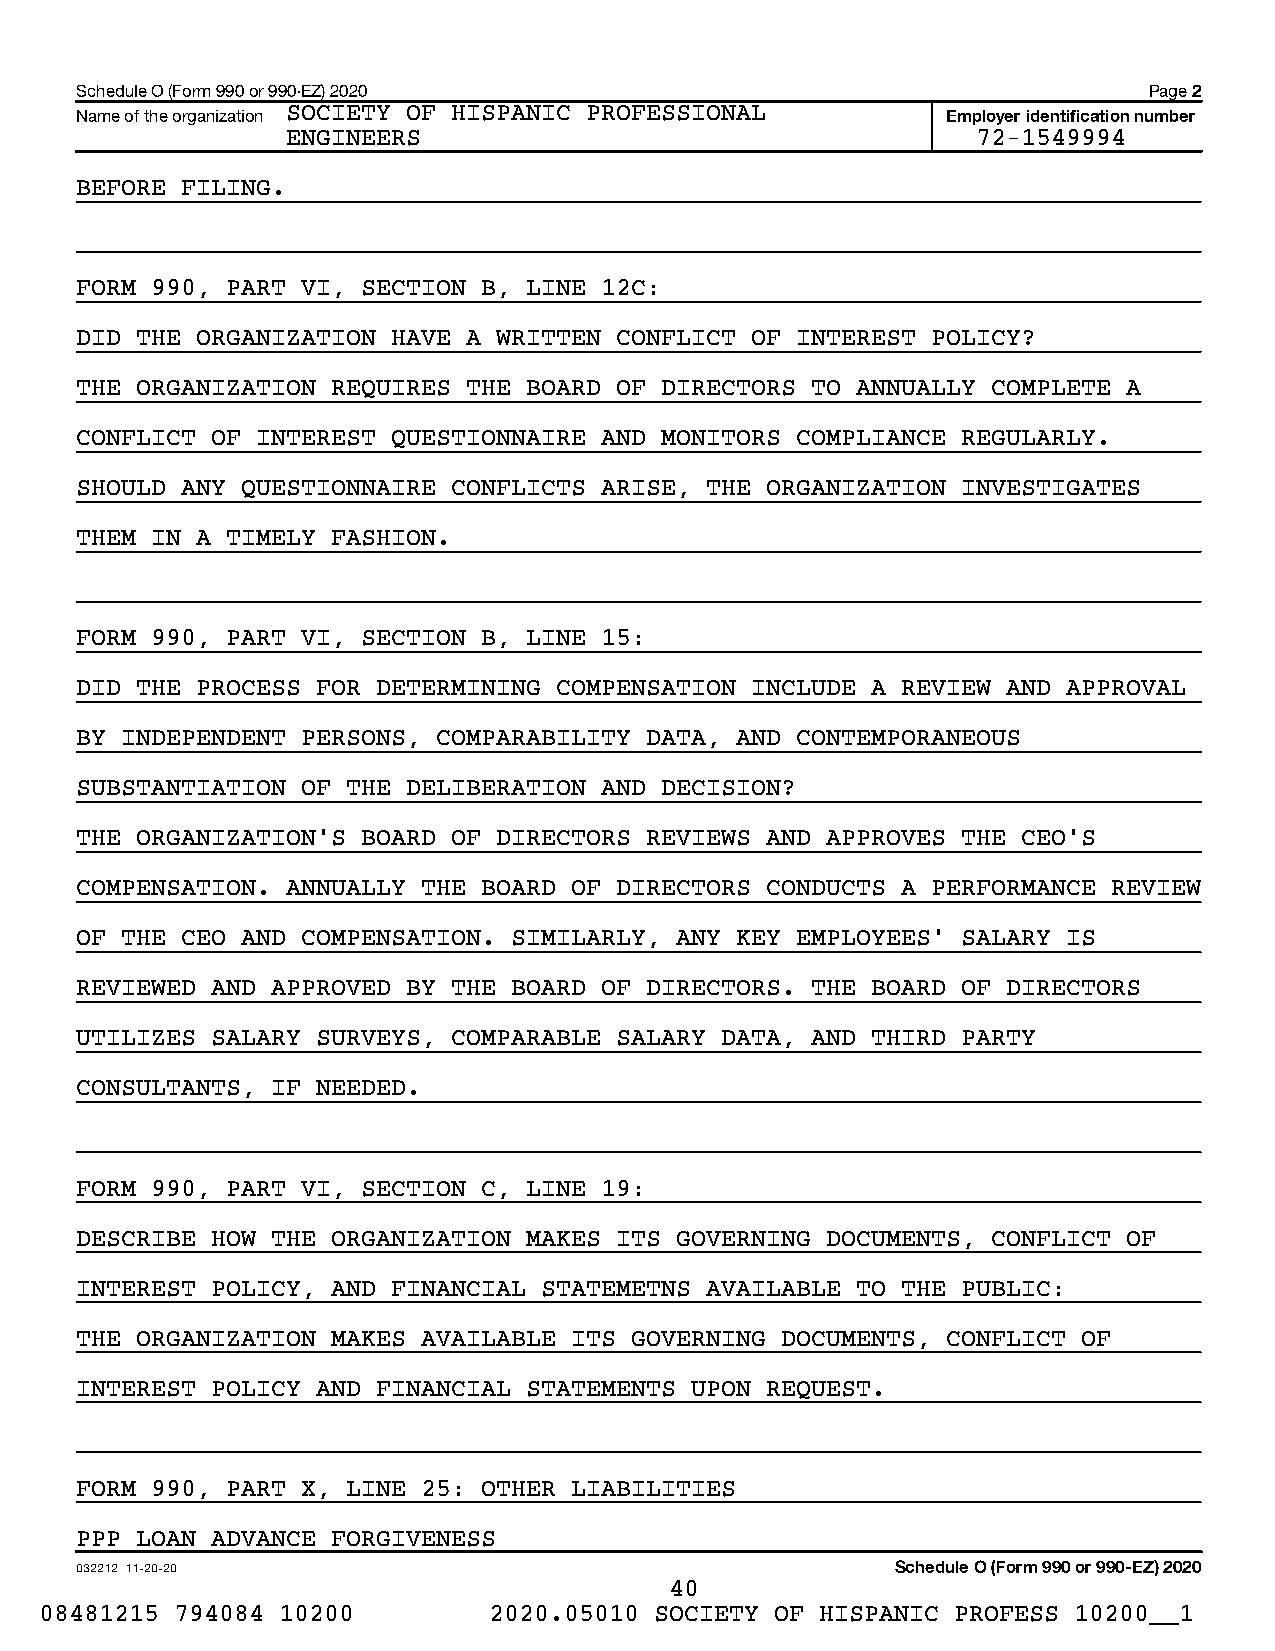
Schedule O (Form 990 or 990-EZ) 2020                                   Page 2
 Name of the organization SOCIETY OF HISPANIC PROFESSIONAL Employer identification number
 ENGINEERS                                     72-1549994
 BEFORE FILING.
 FORM 990, PART VI, SECTION B, LINE 12C:
 DID THE ORGANIZATION HAVE A WRITTEN CONFLICT OF INTEREST POLICY?
 THE ORGANIZATION REQUIRES THE BOARD OF DIRECTORS TO ANNUALLY COMPLETE A
 CONFLICT OF INTEREST QUESTIONNAIRE AND MONITORS COMPLIANCE REGULARLY.
 SHOULD ANY QUESTIONNAIRE CONFLICTS ARISE, THE ORGANIZATION INVESTIGATES
 THEM IN A TIMELY FASHION.
 FORM 990, PART VI, SECTION B, LINE 15:
 DID THE PROCESS FOR DETERMINING COMPENSATION INCLUDE A REVIEW AND APPROVAL
 BY INDEPENDENT PERSONS, COMPARABILITY DATA, AND CONTEMPORANEOUS
 SUBSTANTIATION OF THE DELIBERATION AND DECISION?
 THE ORGANIZATION’S BOARD OF DIRECTORS REVIEWS AND APPROVES THE CEO’S
 COMPENSATION. ANNUALLY THE BOARD OF DIRECTORS CONDUCTS A PERFORMANCE REVIEW
 OF THE CEO AND COMPENSATION. SIMILARLY, ANY KEY EMPLOYEES’ SALARY IS
 REVIEWED AND APPROVED BY THE BOARD OF DIRECTORS. THE BOARD OF DIRECTORS
 UTILIZES SALARY SURVEYS, COMPARABLE SALARY DATA, AND THIRD PARTY
 CONSULTANTS, IF NEEDED.
 FORM 990, PART VI, SECTION C, LINE 19:
 DESCRIBE HOW THE ORGANIZATION MAKES ITS GOVERNING DOCUMENTS, CONFLICT OF
 INTEREST POLICY, AND FINANCIAL STATEMETNS AVAILABLE TO THE PUBLIC:
 THE ORGANIZATION MAKES AVAILABLE ITS GOVERNING DOCUMENTS, CONFLICT OF
 INTEREST POLICY AND FINANCIAL STATEMENTS UPON REQUEST.
 FORM 990, PART X, LINE 25: OTHER LIABILITIES
 PPP LOAN ADVANCE FORGIVENESS
 032212 11-20-20                                       Schedule O (Form 990 or 990-EZ) 2020
 40
 08481215 794084 10200        2020.05010 SOCIETY OF HISPANIC PROFESS 10200__1